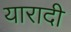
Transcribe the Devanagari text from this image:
यारादी